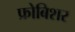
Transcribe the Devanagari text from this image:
फ्रोबिशर